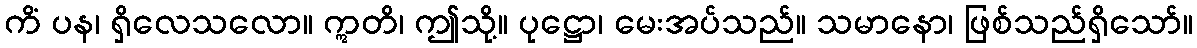
ကိံ ပန၊ ရှိလေသလော။ ဣတိ၊ ဤသို့။ ပုဋ္ဌော၊ မေးအပ်သည်။ သမာနော၊ ဖြစ်သည်ရှိသော်။